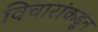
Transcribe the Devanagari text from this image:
विचारांकडून